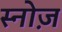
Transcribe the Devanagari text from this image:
स्नोज़